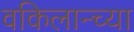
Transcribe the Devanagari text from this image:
वकिलान्च्या